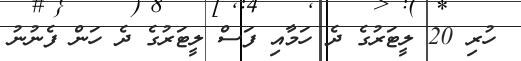
ހުރި 20 ލީޓަރުގެ ދެ ހަމާއި ފަސް ލީޓަރުގެ ދެ ހަން ފެނުނު